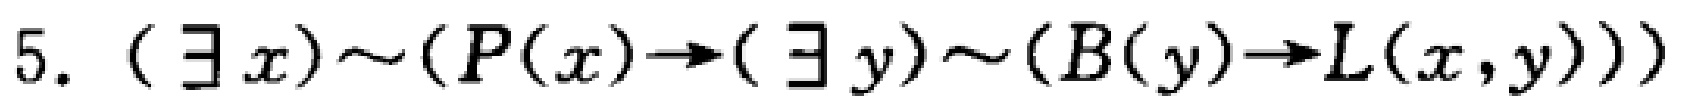
$5. (\exists x)\sim(P(x)\to(\exists y)\sim(B(y)\to L(x,y)))$